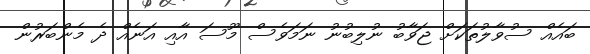
ބައެއް ސުވާލުތަކަށް ޖަވާބު ނުލިބުނު ނަމަވެސް މޫސަ އާއި އަނެއް ދެ މެންބަރުން